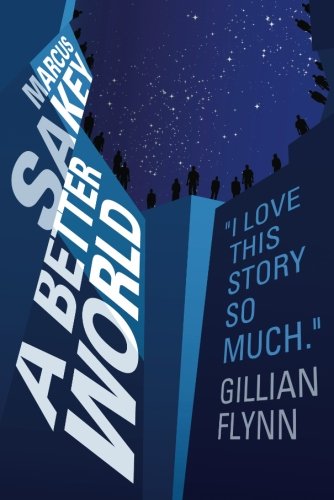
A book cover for A Better World (The Brilliance Trilogy); Marcus Sakey; Mystery, Thriller & Suspense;